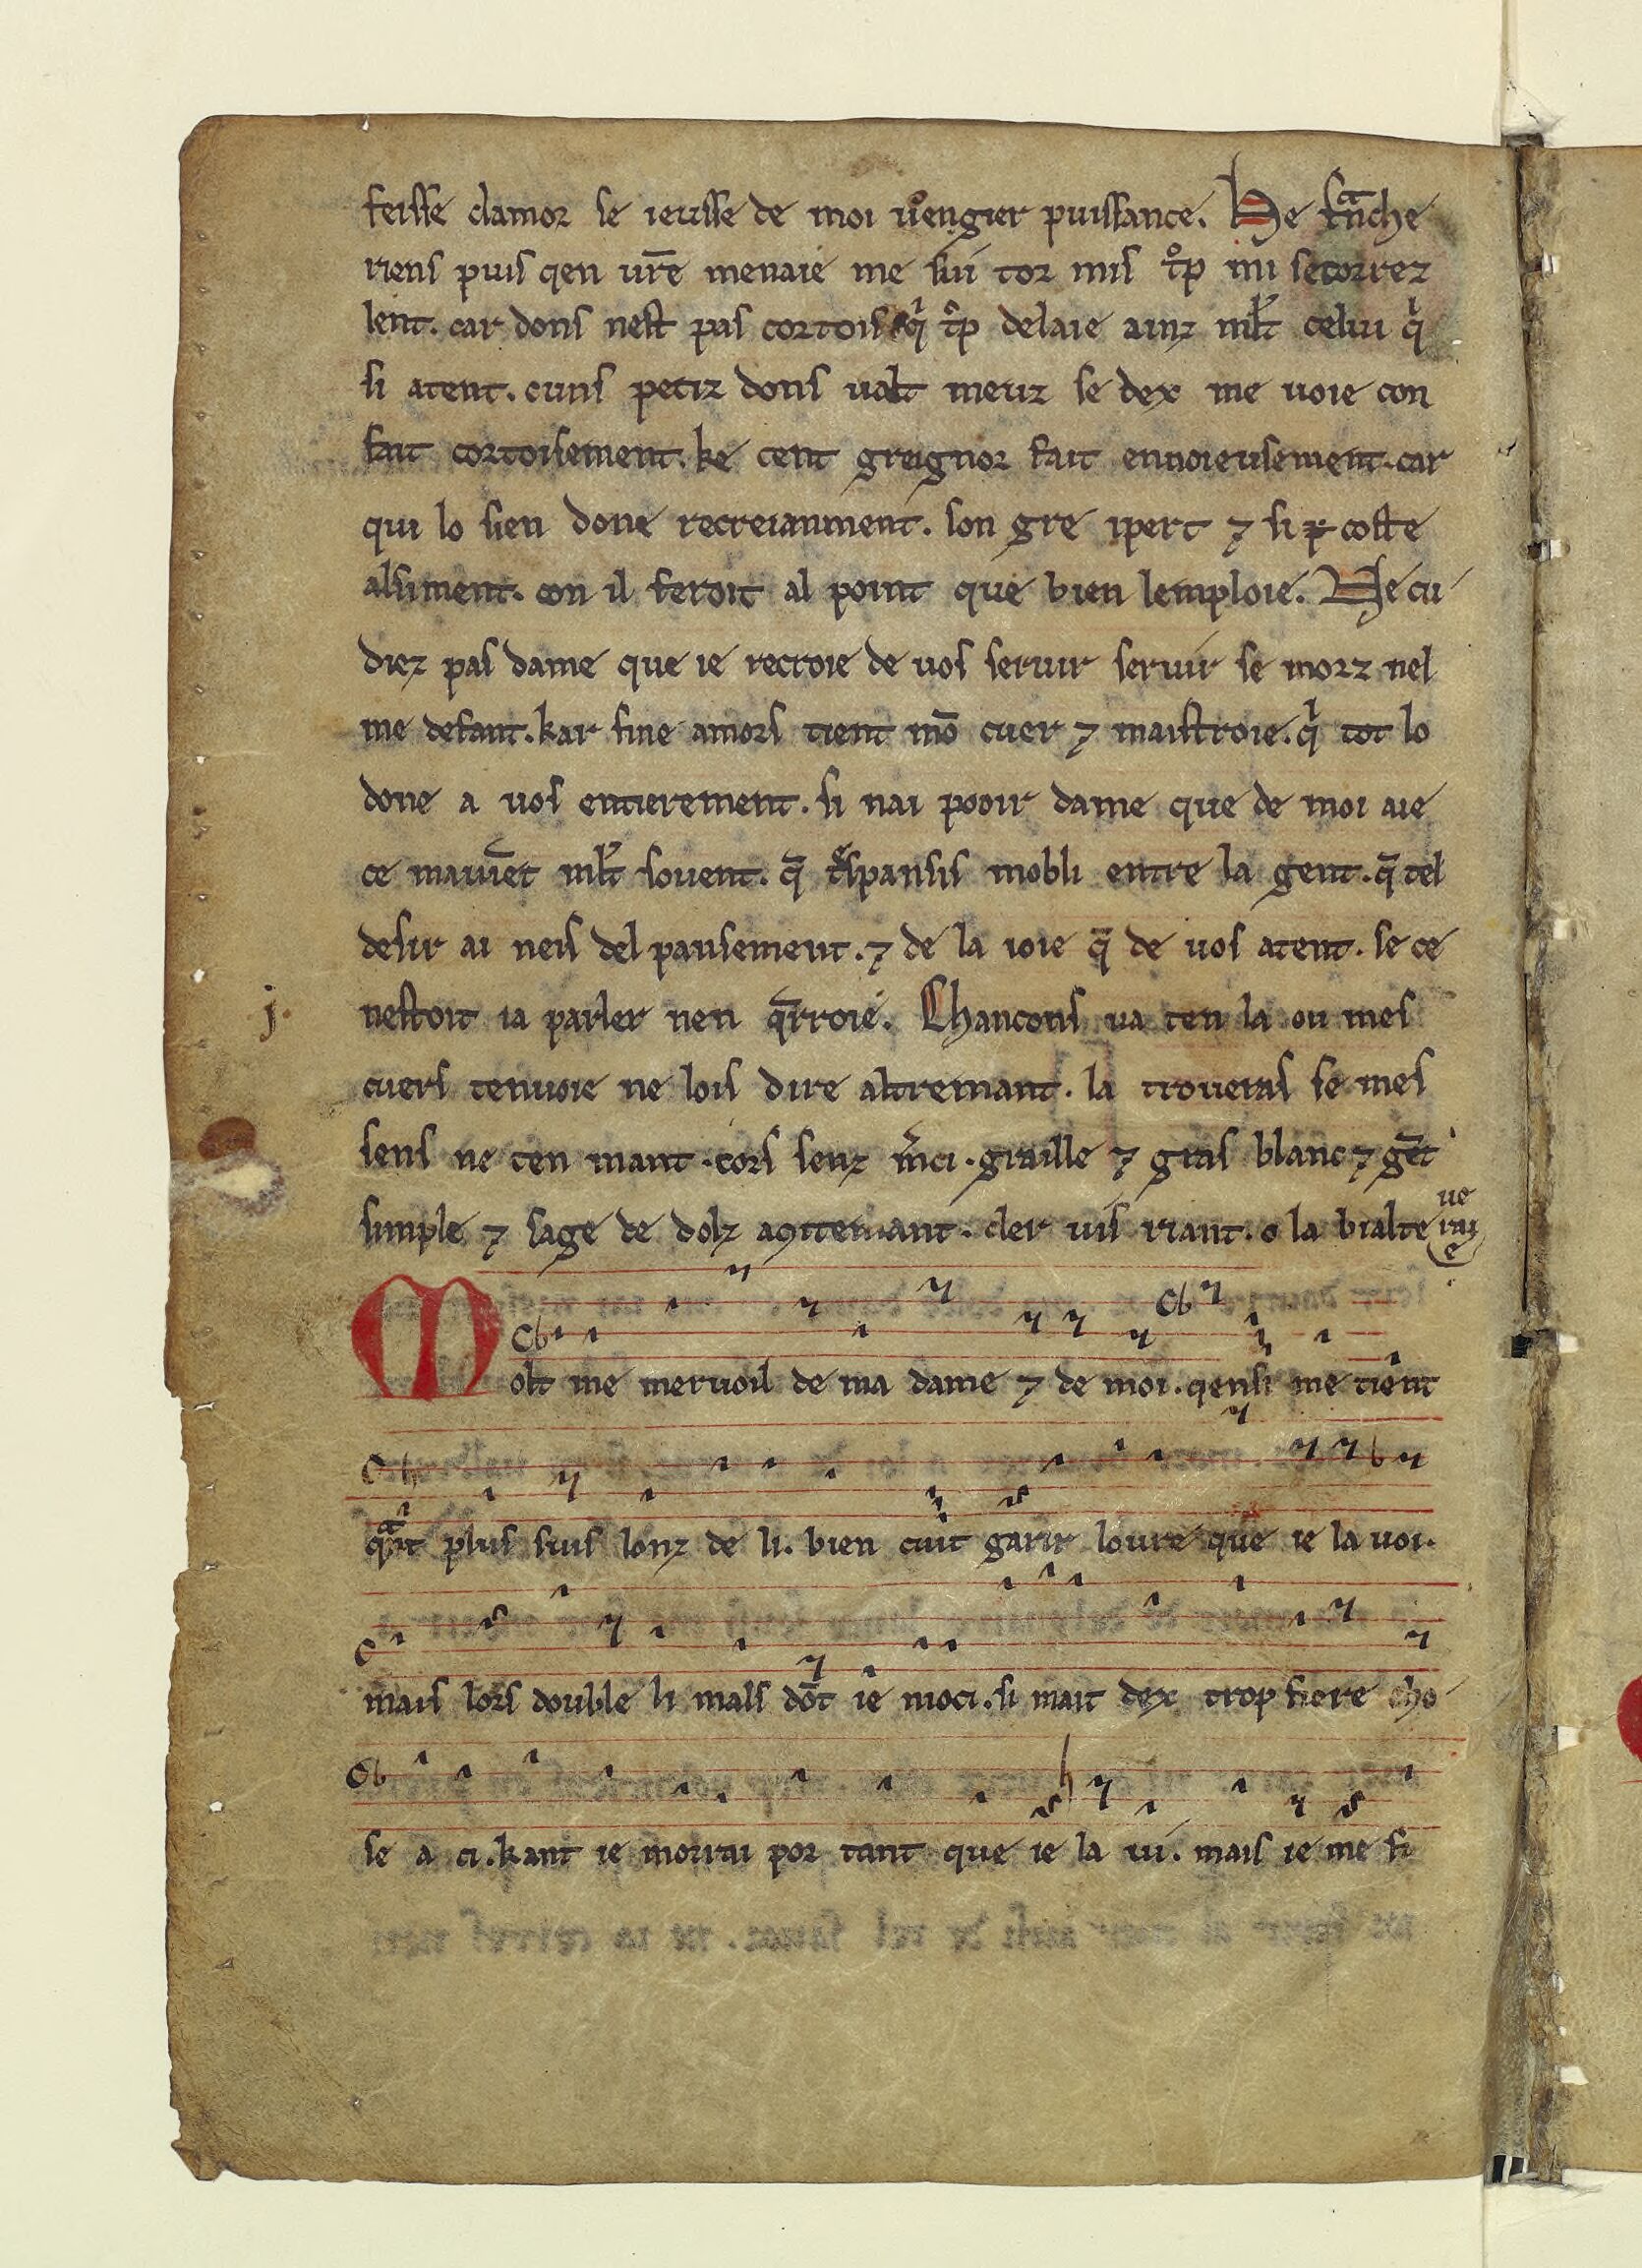
Shelfmark: Paris, BnF, fr. 20050
Century: 13